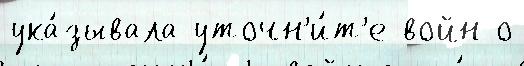
ука́зывала уточн'и́т'е войн о